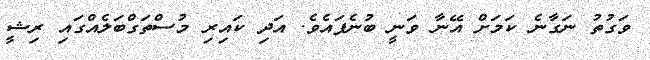
ވަގުތު ނަގާނެ ކަމަށް އޭނާ ވަނީ ބުނެފައެވެ. އަދި ކައިރި މުސްތަގްބަލެއްގައި ރިޝީ